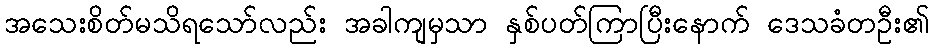
အသေးစိတ်မသိရသော်လည်း အခါကျမှသာ နှစ်ပတ်ကြာပြီးနောက် ဒေသခံတဦး၏